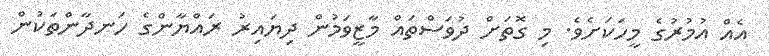
އެއް އުމުރުގެ މީހަކަށެވެ. މި ގޮތަށް ދުވަސްތައް މާޒީވަމުން ދިޔައިރު ރައްޔާންގެ ހަނދާންތަކުން